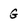
Character: G